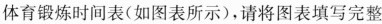
体育锻炼时间表(如图表所示)，请将图表填写完整